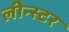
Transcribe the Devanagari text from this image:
लीन्स्टर